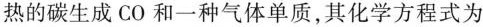
热的碳生成 CO 和一种气体单质，其化学方程式为